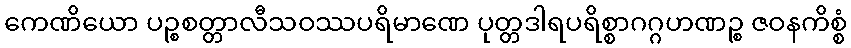
ကေဏိယော ပဉ္စစတ္တာလီသဝဿပရိမာဏေ ပုတ္တဒါရပရိစ္စာဂဂ္ဂဟဏဉ္စ ဇဝနကိစ္စံ